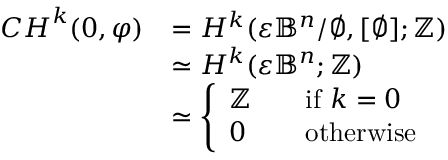
\begin{array} { r l } { { C H } ^ { k } ( 0 , \varphi ) } & { = H ^ { k } ( \varepsilon \mathbb { B } ^ { n } / \emptyset , [ \emptyset ] ; \mathbb { Z } ) } \\ & { \simeq H ^ { k } ( \varepsilon \mathbb { B } ^ { n } ; \mathbb { Z } ) } \\ & { \simeq \left\{ \begin{array} { l l } { \mathbb { Z } \quad } & { \mathrm { i f ~ } k = 0 } \\ { 0 \quad } & { \mathrm { o t h e r w i s e } } \end{array} \right. } \end{array}